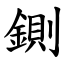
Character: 鍘